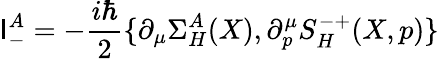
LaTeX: \mathsf{I}_{-}^{A}=-\frac{{i\hbar}}{2}\{ \partial_{\mu}\Sigma_{H}^{A}(X),\partial_{p}^{\mu}S_{H}^{-+}(X,p)\}